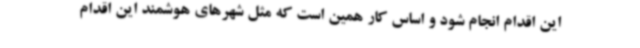
این اقدام انجام شود و اساس کار همین است که مثل شهرهای هوشمند این اقدام